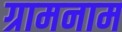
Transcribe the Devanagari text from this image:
ग्रामनाम